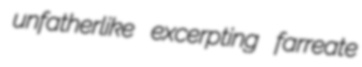
unfatherlike excerpting farreate